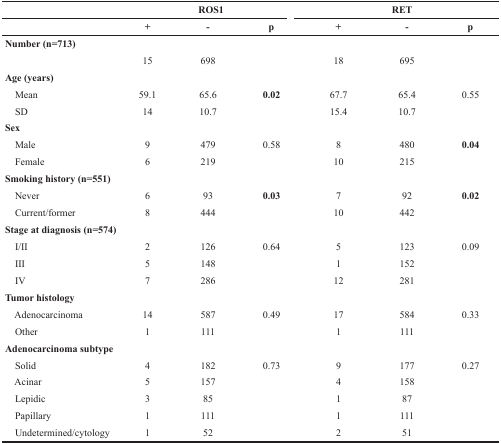
<table><thead><tr><td></td><td colspan="3"><b>ROS1</b></td><td colspan="3"><b>RET</b></td></tr><tr><td></td><td><b>+</b></td><td><b>-</b></td><td><b>p</b></td><td><b>+</b></td><td><b>-</b></td><td><b>p</b></td></tr></thead><tbody><tr><td><b>Number(n=713)</b></td><td></td><td></td><td></td><td></td><td></td><td></td></tr><tr><td></td><td>15</td><td>698</td><td></td><td>18</td><td>695</td><td></td></tr><tr><td><b>Age (years)</b></td><td></td><td></td><td></td><td></td><td></td><td></td></tr><tr><td> Mean</td><td>59.1</td><td>65.6</td><td><b>0.02</b></td><td>67.7</td><td>65.4</td><td>0.55</td></tr><tr><td> SD</td><td>14</td><td>10.7</td><td></td><td>15.4</td><td>10.7</td><td></td></tr><tr><td><b>Sex</b></td><td></td><td></td><td></td><td></td><td></td><td></td></tr><tr><td> Male</td><td>9</td><td>479</td><td>0.58</td><td>8</td><td>480</td><td><b>0.04</b></td></tr><tr><td> Female</td><td>6</td><td>219</td><td></td><td>10</td><td>215</td><td></td></tr><tr><td><b>Smoking history (n=551)</b></td><td></td><td></td><td></td><td></td><td></td><td></td></tr><tr><td> Never</td><td>6</td><td>93</td><td><b>0.03</b></td><td>7</td><td>92</td><td><b>0.02</b></td></tr><tr><td> Current/former</td><td>8</td><td>444</td><td></td><td>10</td><td>442</td><td></td></tr><tr><td><b>Stage at diagnosis (n=574)</b></td><td></td><td></td><td></td><td></td><td></td><td></td></tr><tr><td> I/II</td><td>2</td><td>126</td><td>0.64</td><td>5</td><td>123</td><td>0.09</td></tr><tr><td> III</td><td>5</td><td>148</td><td></td><td>1</td><td>152</td><td></td></tr><tr><td> IV</td><td>7</td><td>286</td><td></td><td>12</td><td>281</td><td></td></tr><tr><td><b>Tumor histology</b></td><td></td><td></td><td></td><td></td><td></td><td></td></tr><tr><td> Adenocarcinoma</td><td>14</td><td>587</td><td>0.49</td><td>17</td><td>584</td><td>0.33</td></tr><tr><td> Other</td><td>1</td><td>111</td><td></td><td>1</td><td>111</td><td></td></tr><tr><td><b>Adenocarcinoma subtype</b></td><td></td><td></td><td></td><td></td><td></td><td></td></tr><tr><td> Solid</td><td>4</td><td>182</td><td>0.73</td><td>9</td><td>177</td><td>0.27</td></tr><tr><td> Acinar</td><td>5</td><td>157</td><td></td><td>4</td><td>158</td><td></td></tr><tr><td> Lepidic</td><td>3</td><td>85</td><td></td><td>1</td><td>87</td><td></td></tr><tr><td> Papillary</td><td>1</td><td>111</td><td></td><td>1</td><td>111</td><td></td></tr><tr><td> Undetermined/cytology</td><td>1</td><td>52</td><td></td><td>2</td><td>51</td><td></td></tr></tbody></table>